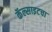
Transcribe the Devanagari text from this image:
कॅल्साइटचा